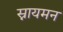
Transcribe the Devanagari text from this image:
स्नायमन